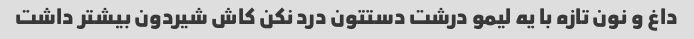
داغ و نون تازه با یه لیمو درشت دستتون درد نکن کاش شیردون بیشتر داشت